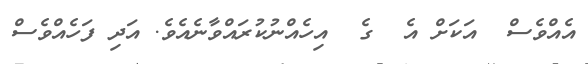
އެއްވެސް  އަކަށް އެ  ގެ  އިހެއްނުކުރައްވާނެއެވެ. އަދި ފަހެއްވެސް